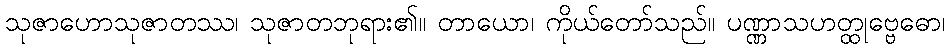
သုဇာဟောသုဇာတဿ၊ သုဇာတဘုရား၏။ တာယော၊ ကိုယ်တော်သည်။ ပဏ္ဏာသဟတ္ထုဗ္ဗေဓော၊